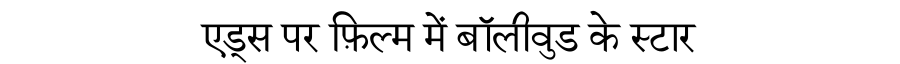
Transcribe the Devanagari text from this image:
एड्स पर फ़िल्म में बॉलीवुड के स्टार